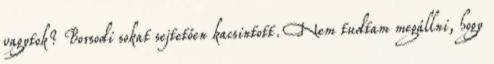
vagytok? Borsodi sokat sejtetően kacsintott. Nem tudtam megállni, hogy